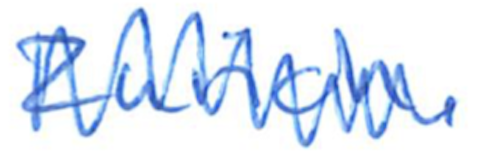
Text: Zurich.
Cross-out: zig-zag
Writing tool: ballpoint